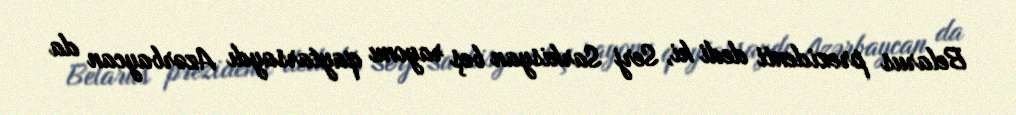
Belarus prezidenti dedi ki, Serj Sarkisyan beş rayonu qaytarsaydı Azərbaycan da